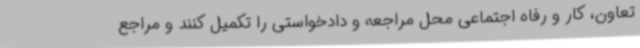
تعاون، کار و رفاه اجتماعی محل مراجعه و دادخواستی را تکمیل کنند و مراجع